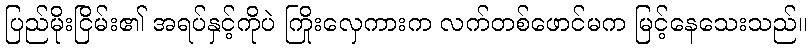
ပြည်မိုးငြိမ်း၏ အရပ်နှင့်ကိုပဲ ကြိုးလှေကားက လက်တစ်ဖောင်မက မြင့်နေသေးသည်။